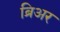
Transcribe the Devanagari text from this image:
ब्रिअर